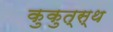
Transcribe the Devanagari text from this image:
कुकुत्स्थ